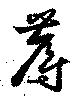
蓐